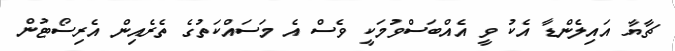
ޗާޔާ އައިލެންޑާ އެކު ވީ އެއްބަސްވުމަކީ ވެސް އެ މަސައްކަތުގެ ތެރެއިން އެރިސޯޓުން